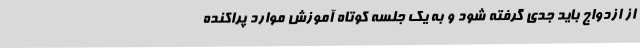
از ازدواج باید جدی گرفته شود و به یک جلسه کوتاه آموزش موارد پراکنده